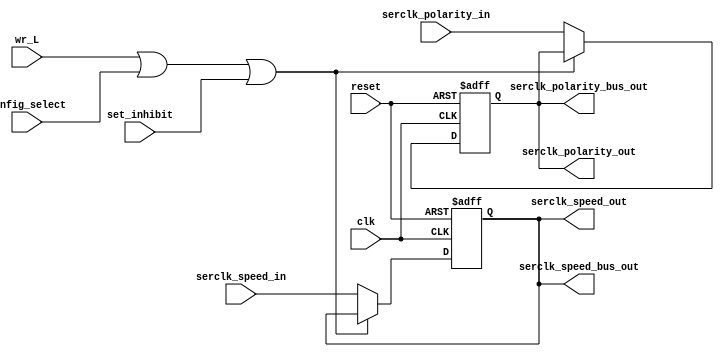
`timescale 1ns / 1ps
`ifndef CONFIG_REGISTER_V
`define CONFIG_REGISTER_V 1
//////////////////////////////////////////////////////////////////////////////////
// Company: 
// Engineer: 
// 
// Design Name: 
// Module Name:    config_register 
// Project Name: 
// Target Devices: 
// Tool versions: 
// Description: 
//
// Dependencies: 
//
// Revision: 
// Revision 0.01 - File Created
// Additional Comments: 
//
// Configuration registers for SPI interface.
//
//////////////////////////////////////////////////////////////////////////////////
module config_register(
    input reset,
    input clk,
    input wr_L,
    input config_select,
    input serclk_polarity_in,
    output serclk_polarity_out,
    output serclk_polarity_bus_out,
         input [3:0] serclk_speed_in,
         output [3:0] serclk_speed_out,
         output [3:0] serclk_speed_bus_out,
         input set_inhibit
    );

        reg serclk_polarity;
        reg [3:0] serclk_speed;
        
        assign serclk_polarity_out=serclk_polarity;
        assign serclk_polarity_bus_out=serclk_polarity ;
        
        assign serclk_speed_out=serclk_speed;
        assign serclk_speed_bus_out=serclk_speed;

        initial begin
                serclk_polarity = 0;
                serclk_speed = 0;
        end
        
        // Note the FF only gets set if data D5 is low.
        // D5 high signals to start reading from the SPI device.
        always @(posedge clk or posedge reset)
        begin
                if(reset)
                begin
                        serclk_polarity <= 0;
                        serclk_speed <= 0;
                end
                else if(!(wr_L | config_select | set_inhibit))
                begin
                        serclk_polarity <= serclk_polarity_in;
                        serclk_speed <= serclk_speed_in;
                end
        end

endmodule
`endif